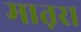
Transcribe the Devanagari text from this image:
मात़रा